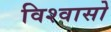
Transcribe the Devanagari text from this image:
विश्वासो